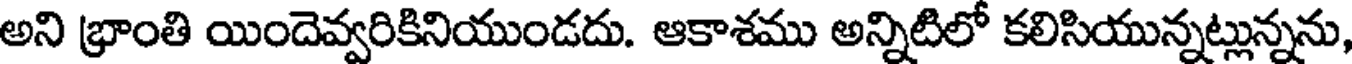
అని భ్రాంతి యిందెవ్వరికినియుండదు. ఆకాశము అన్నిటిలో కలిసియున్నట్లున్నను,